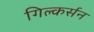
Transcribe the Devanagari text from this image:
गिल्कर्सन